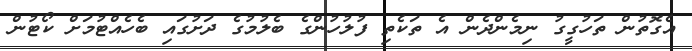
އެގޮތުން ތަހުގީގު ނިމެންދެން އެ ތަކެތި ފުލުހުންގެ ބެލުމުގެ ދަށުގައި ބެހެއްޓުމަށް ކޯޓުން